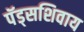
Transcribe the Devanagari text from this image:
पॅड्सशिवाय